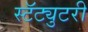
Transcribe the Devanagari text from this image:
स्टॅट्युटरी